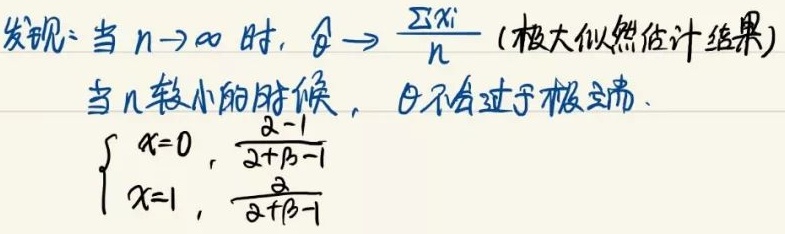
发现：当 $n \to \infty$ 时，$\hat{\theta} \to \frac{\sum x_i}{n}$ (极大似然估计结果)。当 $n$ 较小的时候，$\theta$ 不会过于极端。

\[
\begin{cases}
x = 0,\frac{\alpha - 1}{\alpha+\beta - 1}\\
x = 1,\frac{\alpha}{\alpha+\beta - 1}
\end{cases}
\]